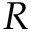
R